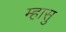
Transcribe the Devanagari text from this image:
म्हासु